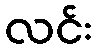
လင်း